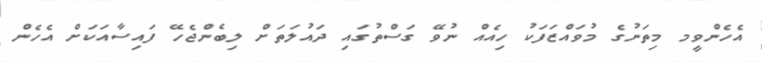
އެހެންވީމ މިތަނުގެ މުވައްޒަފަކު ހިއެއް ނުވޭ ގަސްތުގައި ދައުލަތަށް ލިބެންޖެހޭ ފައިސާއަކަށް އެހެން